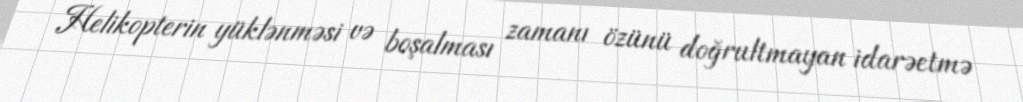
Helikopterin yüklənməsi və boşalması zamanı özünü doğrultmayan idarəetmə